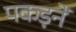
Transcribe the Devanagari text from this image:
पकड़नें